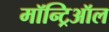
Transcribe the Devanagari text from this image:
मॉन्ट्रिऑल